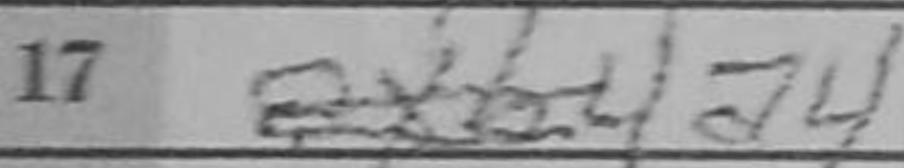
Transcription: a4